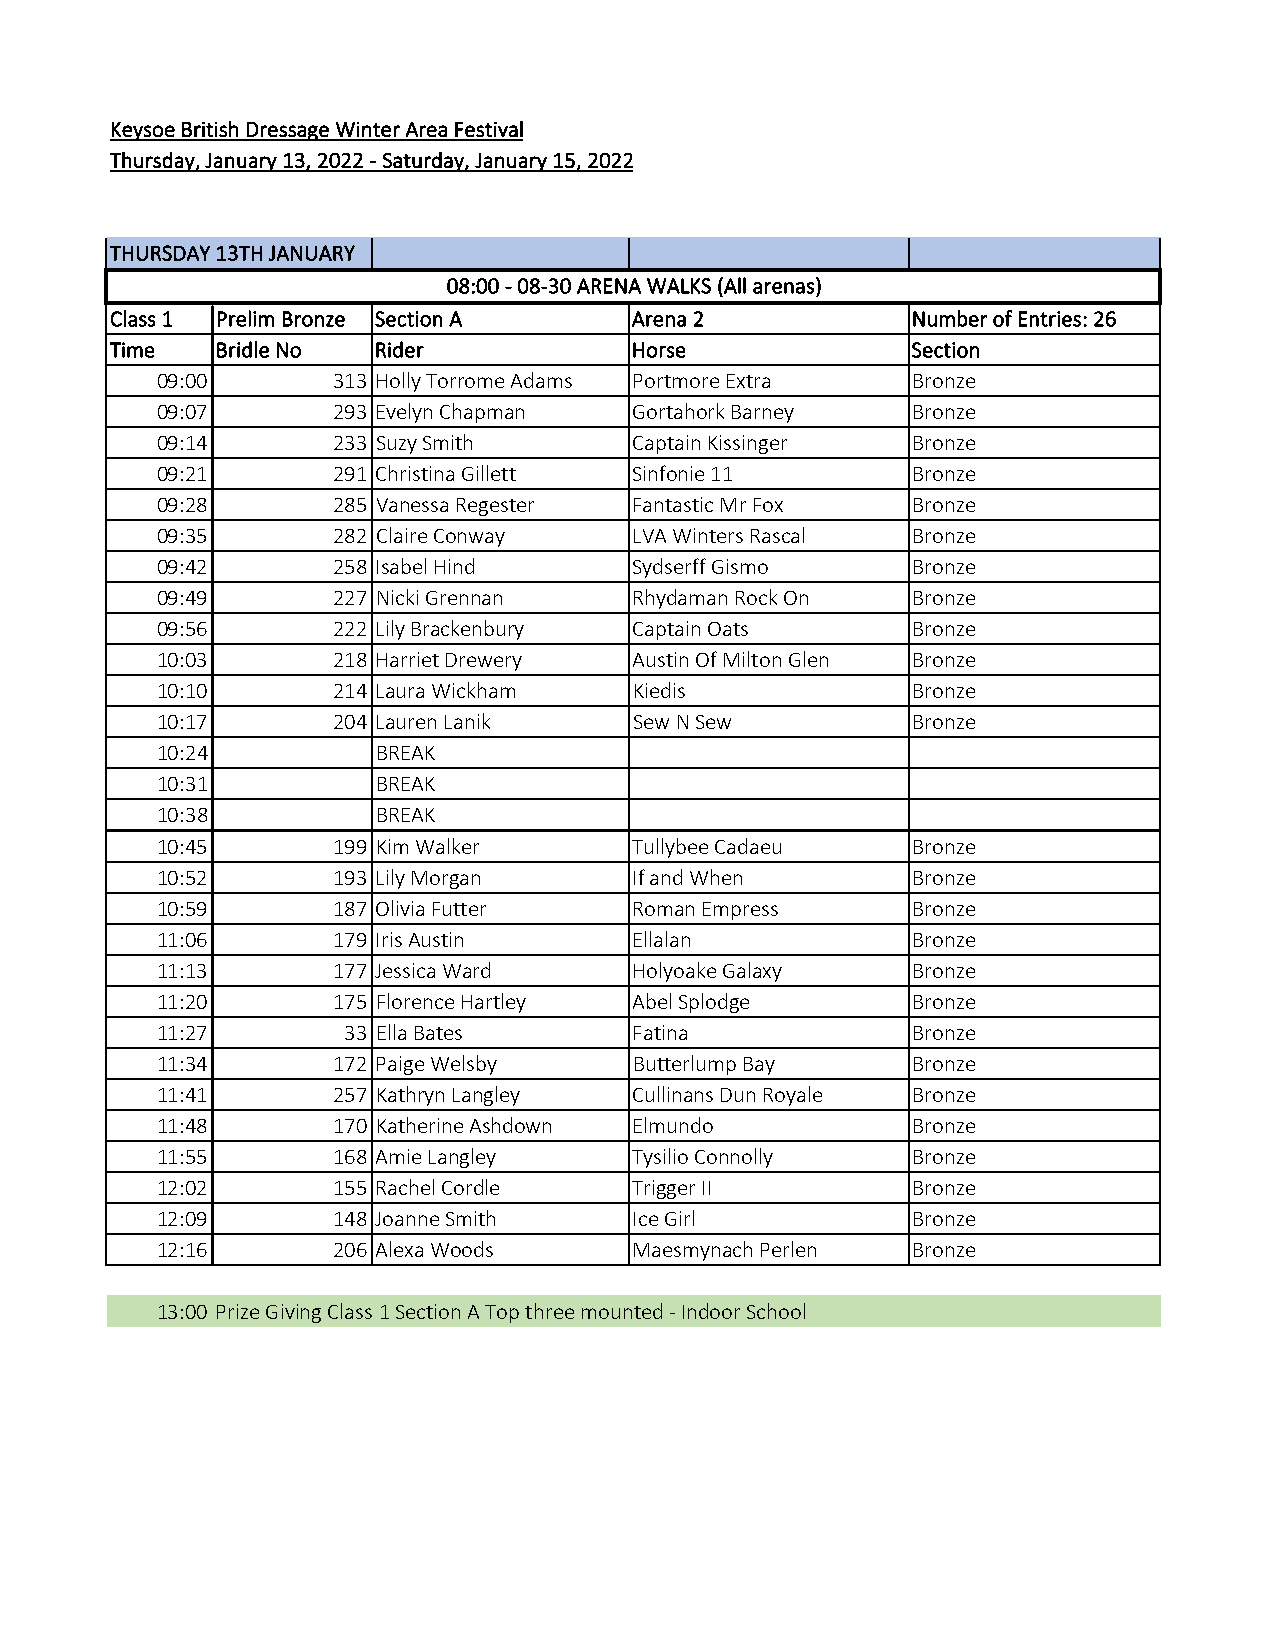
Keysoe British Dressage Winter Area Festival
 Thursday, January 13, 2022 - Saturday, January 15, 2022
 THURSDAY 13TH JANUARY
 08:00 - 08-30 ARENA WALKS (All arenas)
 Class 1 Prelim Bronze Section A    Arena 2           Number of Entries: 26
 Time   Bridle No  Rider            Horse             Section
 09:00       313 Holly Torrome Adams Portmore Extra Bronze
 09:07       293 Evelyn Chapman  Gortahork Barney  Bronze
 09:14       233 Suzy Smith      Captain Kissinger Bronze
 09:21       291 Christina Gillett Sinfonie 11     Bronze
 09:28       285 Vanessa Regester Fantastic Mr Fox Bronze
 09:35       282 Claire Conway   LVA Winters Rascal Bronze
 09:42       258 Isabel Hind     Sydserff Gismo    Bronze
 09:49       227 Nicki Grennan   Rhydaman Rock On  Bronze
 09:56       222 Lily Brackenbury Captain Oats     Bronze
 10:03       218 Harriet Drewery Austin Of Milton Glen Bronze
 10:10       214 Laura Wickham   Kiedis            Bronze
 10:17       204 Lauren Lanik    Sew N Sew         Bronze
 10:24          BREAK
 10:31          BREAK
 10:38          BREAK
 10:45       199 Kim Walker      Tullybee Cadaeu   Bronze
 10:52       193 Lily Morgan     If and When       Bronze
 10:59       187 Olivia Futter   Roman Empress     Bronze
 11:06       179 Iris Austin     Ellalan           Bronze
 11:13       177 Jessica Ward    Holyoake Galaxy   Bronze
 11:20       175 Florence Hartley Abel Splodge     Bronze
 11:27        33 Ella Bates      Fatina            Bronze
 11:34       172 Paige Welsby    Butterlump Bay    Bronze
 11:41       257 Kathryn Langley Cullinans Dun Royale Bronze
 11:48       170 Katherine Ashdown Elmundo         Bronze
 11:55       168 Amie Langley    Tysilio Connolly  Bronze
 12:02       155 Rachel Cordle   Trigger II        Bronze
 12:09       148 Joanne Smith    Ice Girl          Bronze
 12:16       206 Alexa Woods     Maesmynach Perlen Bronze
 13:00 Prize Giving Class 1 Section A Top three mounted - Indoor School